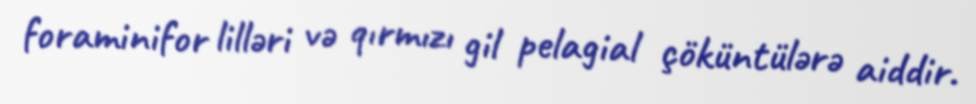
foraminifor lilləri və qırmızı gil pelagial çöküntülərə aiddir.